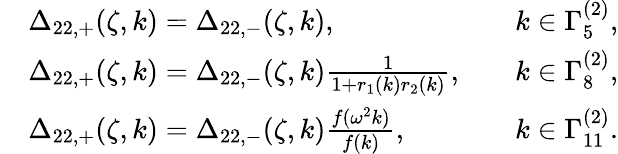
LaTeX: \begin{array}{rlrl}&{\Delta_{22,+}(\zeta,k)=\Delta_{22,-}(\zeta,k),}&&{k\in\Gamma_{5}^{(2)},}\\ &{\Delta_{22,+}(\zeta,k)=\Delta_{22,-}(\zeta,k)\frac{1}{1+r_{1}(k)r_{2}(k)},}&&{k\in\Gamma_{8}^{(2)},}\\ &{\Delta_{22,+}(\zeta,k)=\Delta_{22,-}(\zeta,k)\frac{f(\omega^{2}k)}{f(k)},}&&{k\in\Gamma_{11}^{(2)}.}\end{array}